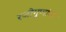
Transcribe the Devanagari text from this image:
रजोगुणांचा